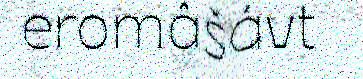
eromâšávt